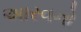
આરવનો